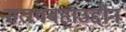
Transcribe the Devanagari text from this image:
सरायबहाउद्दीन